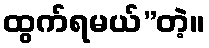
ထွက်ရမယ်”တဲ့။